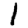
Digit: 1